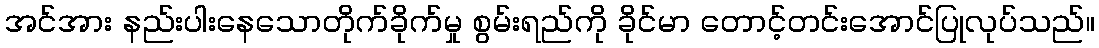
အင်အား နည်းပါးနေသောတိုက်ခိုက်မှု စွမ်းရည်ကို ခိုင်မာ တောင့်တင်းအောင်ပြုလုပ်သည်။